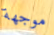
موجهة